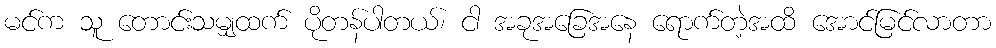
မင်က သူ တောင်းသမျှထက် ပိုတန်ပါတယ်၊ ငါ အခုအခြေအနေ ရောက်တဲ့အထိ အောင်မြင်လာတာ